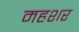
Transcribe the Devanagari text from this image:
महशर